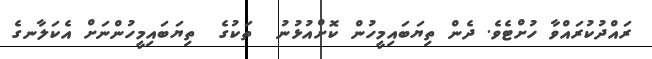
ރައްދުކުރައްވާ ހުށްޓެވެ. ދެން ތިޔަބައިމީހުން ކޮށްއުޅުނު  ތަކުގެ  ތިޔަބައިމީހުންނަށް އެކަލާނގެ